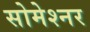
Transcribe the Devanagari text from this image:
सोमेश्नर